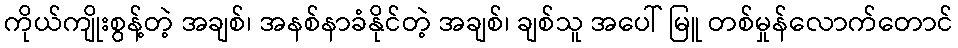
ကိုယ်ကျိုးစွန့်တဲ့ အချစ်၊ အနစ်နာခံနိုင်တဲ့ အချစ်၊ ချစ်သူ အပေါ် မြူ တစ်မှုန်လောက်တောင်